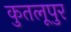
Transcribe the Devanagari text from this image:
कुतलूपुर